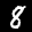
Label: 8